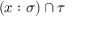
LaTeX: ( x : \sigma ) \cap \tau